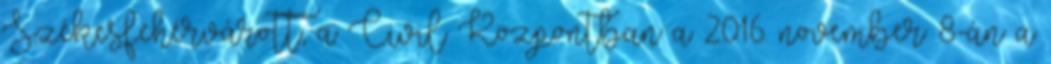
Székesfehérvárott, a Civil Központban a 2016. november 8-án a